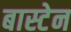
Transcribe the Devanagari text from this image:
बास्टेन